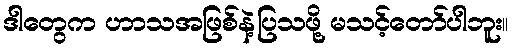
ဒါတွေက ဟာသအဖြစ်နဲ့ပြသဖို့ မသင့်တော်ပါဘူး။